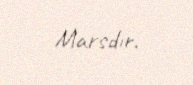
Marsdır.